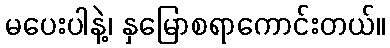
မပေးပါနဲ့၊ နှမြောစရာကောင်းတယ်။